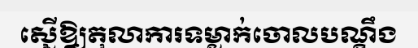
ស្នើឱ្យតុលាការទម្លាក់ចោលបណ្តឹង